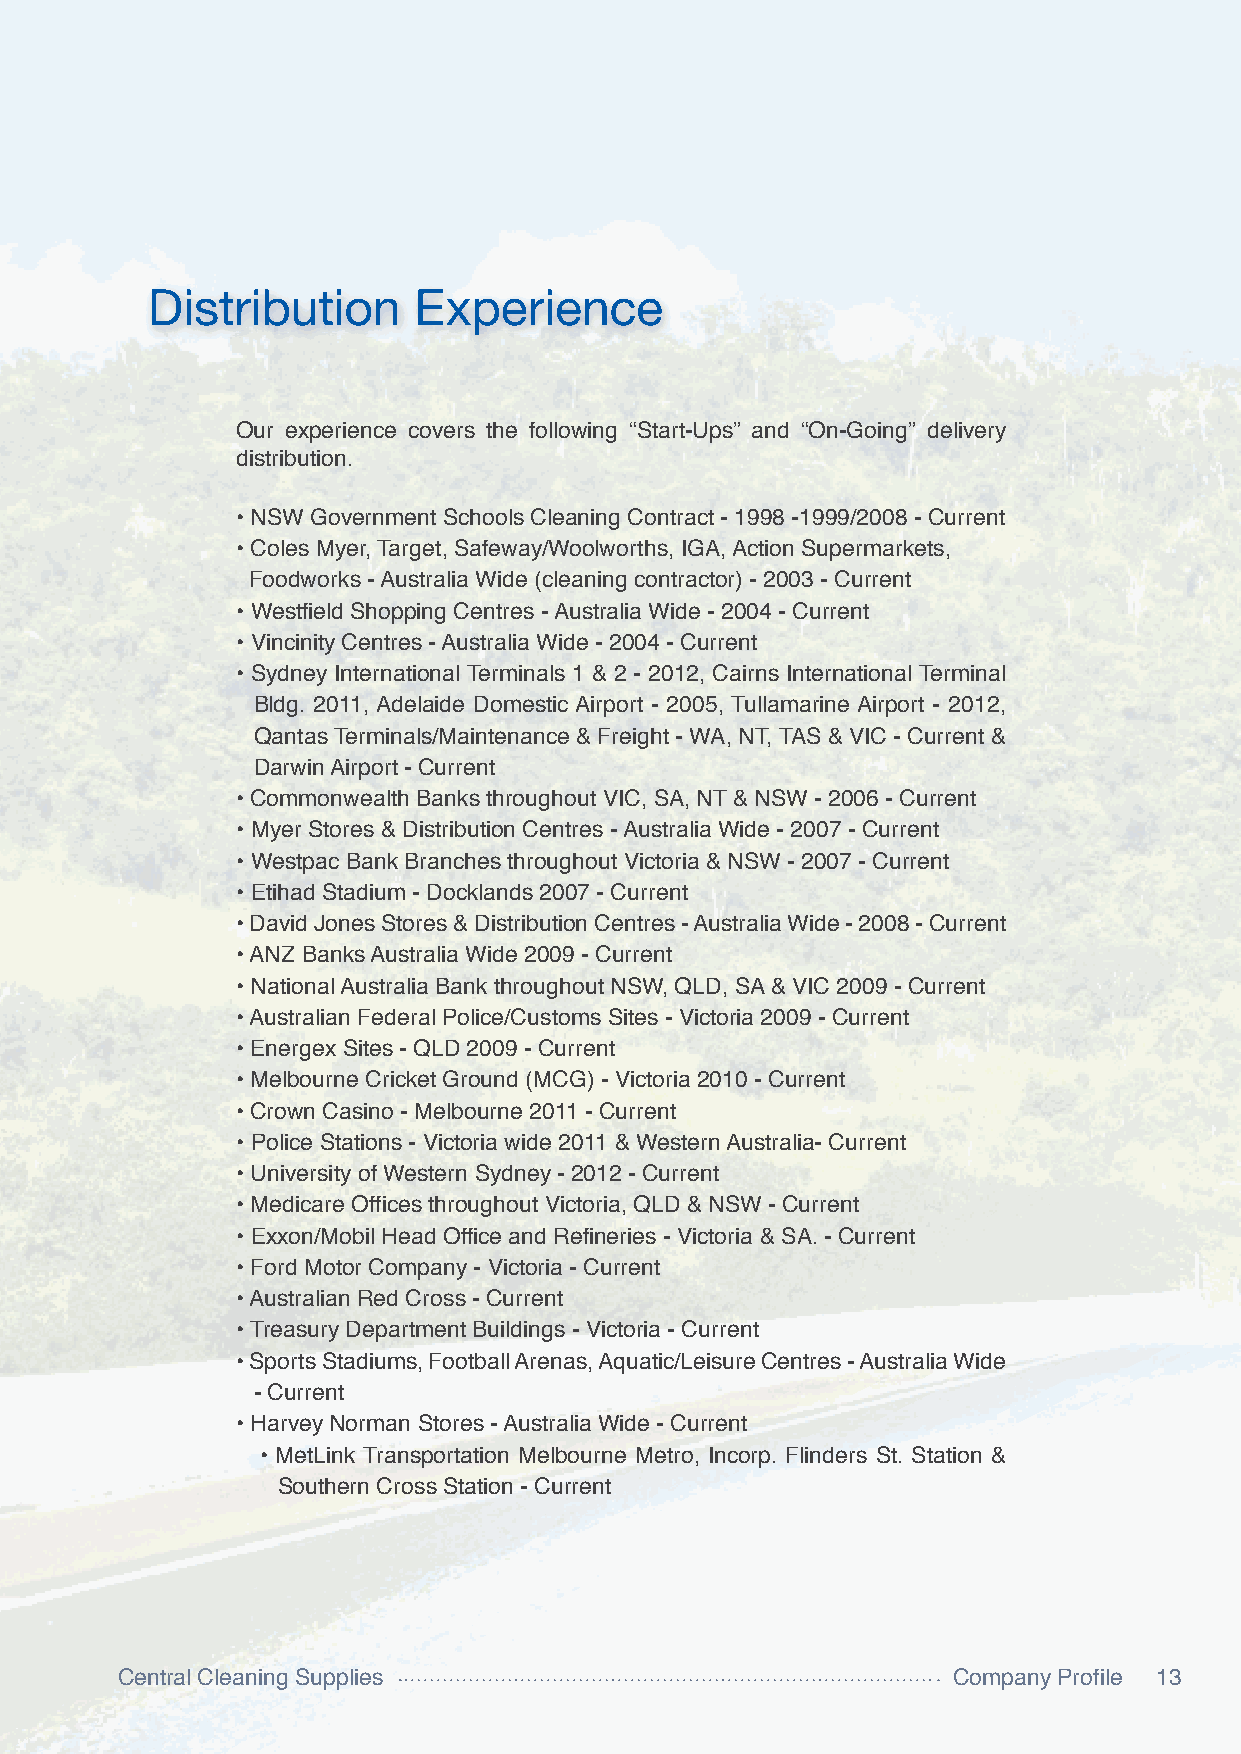
Distribution     Experience
 Our experience covers the following “Start-Ups” and “On-Going” delivery
 distribution.
 • NSW Government Schools Cleaning Contract - 1998 -1999/2008 - Current
 • Coles Myer, Target, Safeway/Woolworths, IGA, Action Supermarkets,
 Foodworks - Australia Wide (cleaning contractor) - 2003 - Current
 • Westfield Shopping Centres - Australia Wide - 2004 - Current
 • Vincinity Centres - Australia Wide - 2004 - Current
 • Sydney International Terminals 1 & 2 - 2012, Cairns International Terminal
 Bldg. 2011, Adelaide Domestic Airport - 2005, Tullamarine Airport - 2012,
 Qantas Terminals/Maintenance & Freight - WA, NT, TAS & VIC - Current &
 Darwin Airport - Current
 • Commonwealth Banks throughout VIC, SA, NT & NSW - 2006 - Current
 • Myer Stores & Distribution Centres - Australia Wide - 2007 - Current
 • Westpac Bank Branches throughout Victoria & NSW - 2007 - Current
 • Etihad Stadium - Docklands 2007 - Current
 •David Jones Stores & Distribution Centres - Australia Wide - 2008 - Current
 •ANZ Banks Australia Wide 2009 - Current
 • National Australia Bank throughout NSW, QLD, SA & VIC 2009 - Current
 •Australian Federal Police/Customs Sites - Victoria 2009 - Current
 • Energex Sites - QLD 2009 - Current
 • Melbourne Cricket Ground (MCG) - Victoria 2010 - Current
 • Crown Casino - Melbourne 2011 - Current
 • Police Stations - Victoria wide 2011 & Western Australia- Current
 • University of Western Sydney - 2012 - Current
 • Medicare Offices throughout Victoria, QLD & NSW - Current
 • Exxon/Mobil Head Office and Refineries - Victoria & SA. - Current
 • Ford Motor Company - Victoria - Current
 •Australian Red Cross - Current
 •Treasury Department Buildings - Victoria - Current
 •Sports Stadiums, Football Arenas, Aquatic/Leisure Centres - Australia Wide
 - Current
 • Harvey Norman Stores - Australia Wide - Current
 • MetLink Transportation Melbourne Metro, Incorp. Flinders St. Station &
 Southern Cross Station - Current
 Central Cleaning Supplies                              Company Profile 13